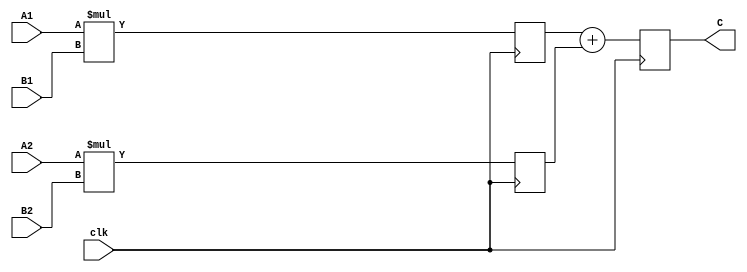
`timescale 1ns / 1ps
//////////////////////////////////////////////////////////////////////////////////
// Company: 
// Engineer: 
// 
// Design Name: 
// Module Name:    pipeline 
// Project Name: 
// Target Devices: 
// Tool versions: 
// Description: 
//
// Dependencies: 
//
// Revision: 
// Revision 0.01 - File Created
// Additional Comments: 
//
//////////////////////////////////////////////////////////////////////////////////
module pipeline(
    input [31:0] A1,
    input [31:0] A2,
    input [31:0] B1,
    input [31:0] B2,
    input clk,
    output reg [31:0] C
    );
	
	reg [31:0] xx,yy;
	
	initial
	begin
		xx<=0;
		yy<=0;
		C<=32'b0;
	end
	
	always@(posedge clk)
	begin
		xx<=A1*B1;
		yy<=A2*B2;
		C<=xx+yy;
	end

endmodule